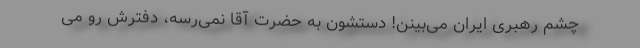
چشم رهبری ایران می‌بینن! دستشون به حضرت آقا نمی‌رسه، دفترش رو می‌